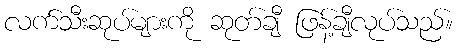
လက်သီးဆုပ်များကို ဆုတ်ချီ ဖြန့်ချီလုပ်သည်။